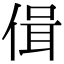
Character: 偮